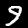
Digit: 9